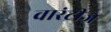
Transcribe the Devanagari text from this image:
वारंटीज